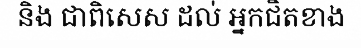
និង ជាពិសេស ដល់ អ្នកជិតខាង